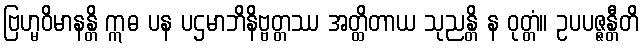
ဗြဟ္မဝိမာနန္တိ ဣဓ ပန ပဌမာဘိနိဗ္ဗတ္တဿ အတ္ထိတာယ သုညန္တိ န ဝုတ္တံ။ ဥပပဇ္ဇန္တီတိ